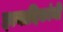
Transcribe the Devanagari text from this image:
इत्यादिकांनी